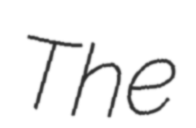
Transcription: The